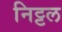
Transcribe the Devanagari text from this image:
निट्टल